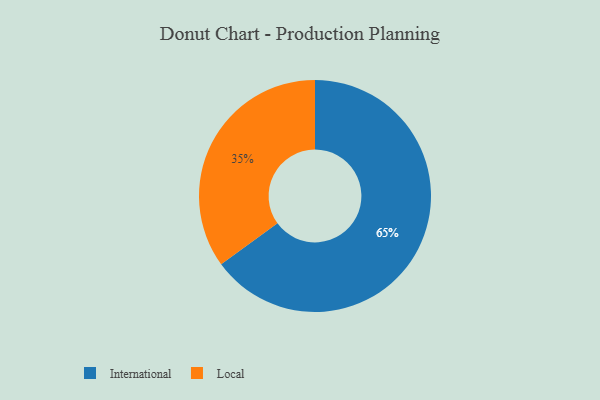
{"axis": {"x": "Category", "y": "Percentage"}, "legend": ["International", "Local"], "data": [{"x": "International", "y": 65, "type": "International"}, {"x": "Local", "y": 35, "type": "Local"}]}